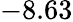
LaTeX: -8.63